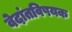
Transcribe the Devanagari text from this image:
वेदांतविषयक